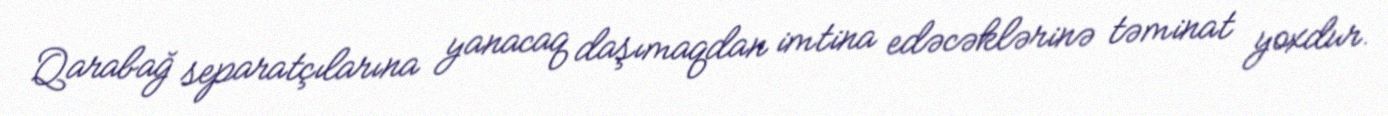
Qarabağ separatçılarına yanacaq daşımaqdan imtina edəcəklərinə təminat yoxdur.